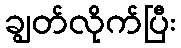
ချွတ်လိုက်ပြီး